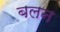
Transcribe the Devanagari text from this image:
बलन